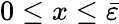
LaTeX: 0\leq x\leq\bar{\varepsilon}